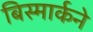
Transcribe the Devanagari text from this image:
बिस्मार्कने